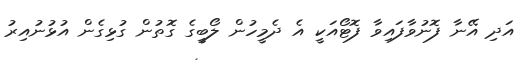
އަދި އޭނާ ފޮނުވާފައިވާ ފޮޓޯއަކީ އެ ދެމީހުން ލޯބީގެ ގޮތުން ގުޅިގެން އުޅުނުއިރު